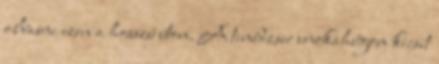
olvasni ezen a hosszú úton. A tinédzser unokahúgom kicsit